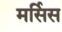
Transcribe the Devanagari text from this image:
मर्सिस